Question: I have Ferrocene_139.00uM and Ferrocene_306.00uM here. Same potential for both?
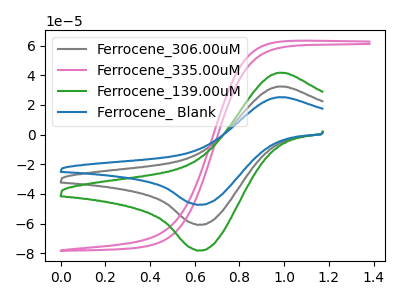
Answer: <think>The gray curve "Ferrocene_306.00uM" has an anodic peak at (1.00V, 32.45uA) and a cathodic peak at (0.60V, -60.65uA). The pink curve "Ferrocene_335.00uM" has no peaks. The green curve "Ferrocene_139.00uM" has an anodic peak at (1.00V, 41.70uA) and a cathodic peak at (0.60V, -78.00uA). The blue curve "Ferrocene_ Blank" has an anodic peak at (1.00V, 64.90uA) and a cathodic peak at (0.60V, -121.35uA).
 All the peaks in "Ferrocene_139.00uM" have a peak in "Ferrocene_306.00uM" at the same potential. Every peak in "Ferrocene_139.00uM" is higher than every peak in "Ferrocene_306.00uM".</think>
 <answer>"Ferrocene_139.00uM" and "Ferrocene_306.00uM" are similar in shape.</answer>
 <eval>same_shape</eval>